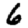
Digit: 6